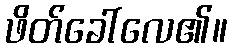
ဖိတ်ခေါ်လေ၏။